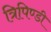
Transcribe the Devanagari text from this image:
त्रिपिण्डी